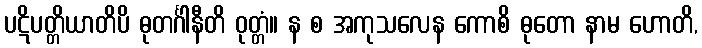
ပဋိပတ္တိယာတိပိ ဓုတင်္ဂါနီတိ ဝုတ္တံ။ န စ အကုသလေန ကောစိ ဓုတော နာမ ဟောတိ,